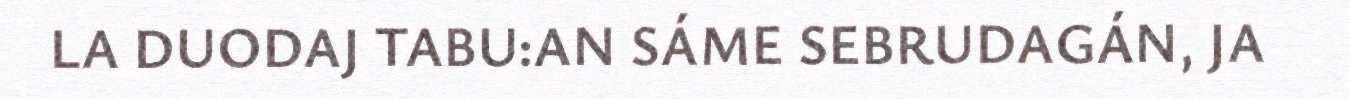
LA DUODAJ TABU:AN SÁME SEBRUDAGÁN, JA